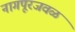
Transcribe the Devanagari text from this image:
नागपूरजवळ